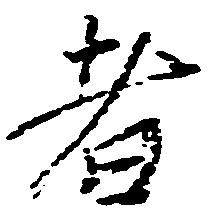
者